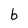
Character: b